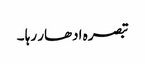
تبصرہ ادھار رہا ۔